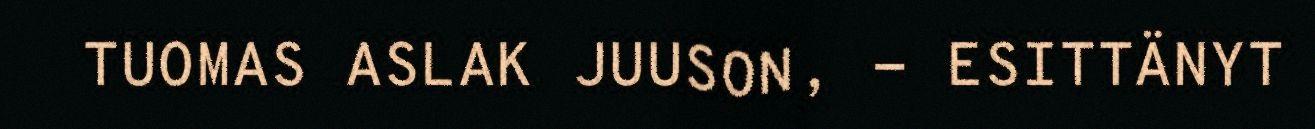
TUOMAS ASLAK JUUSON, - ESITTÄNYT